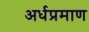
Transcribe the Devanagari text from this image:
अर्धप्रमाण